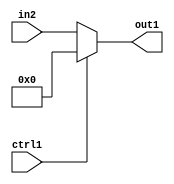
`timescale 1ps / 1ps
/*****************************************************************************
    Verilog RTL Description
    
    
    Created by: Stratus DpOpt 21.05.01 
*******************************************************************************/

module dut_N_Mux_7_2_51_4 (
	in2,
	ctrl1,
	out1
	); /* architecture "behavioural" */ 
input [6:0] in2;
input  ctrl1;
output [6:0] out1;
wire [6:0] asc001;

reg [6:0] asc001_tmp_0;
assign asc001 = asc001_tmp_0;
always @ (ctrl1 or in2) begin
	case (ctrl1)
		1'B1 : asc001_tmp_0 = 7'B0000000 ;
		default : asc001_tmp_0 = in2 ;
	endcase
end

assign out1 = asc001;
endmodule

/* CADENCE  uLXySg4= : u9/ySxbfrwZIxEzHVQQV8Q== ** DO NOT EDIT THIS LINE ******/